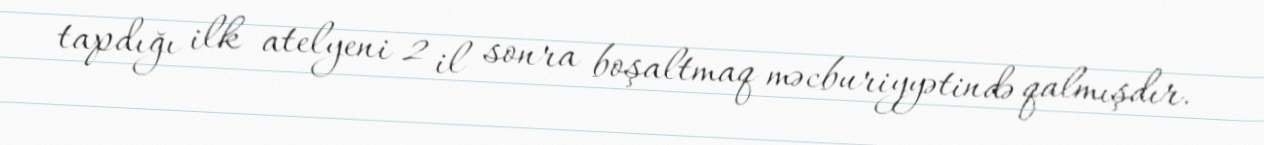
tapdığı ilk atelyeni 2 il sonra boşaltmaq məcburiyyətində qalmışdır.